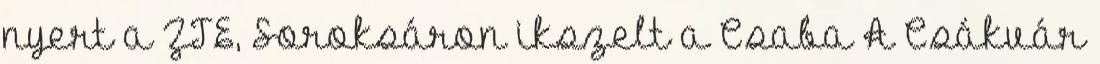
nyert a ZTE, Soroksáron ikszelt a Csaba A Csákvár